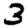
Digit: 3